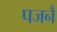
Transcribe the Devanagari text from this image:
पजनै